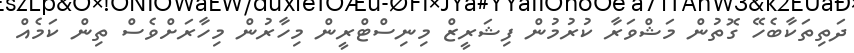
ދަތިތަކާބެހޭ ގޮތުން މަޝްވަރާ ކުރުމުން ފިޝަރީޒް މިނިސްޓްރީން މިހާރުން މިހާރަށްވެސް ތިން ކަމެއް